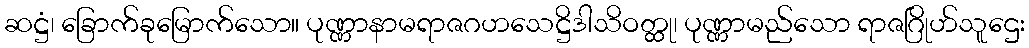
ဆဋ္ဌံ၊ ခြောက်ခုမြောက်သော။ ပုဏ္ဏာနာမရာဇဂဟသေဋ္ဌိဒါသိဝတ္ထု၊ ပုဏ္ဏာမည်သော ရာဇဂြိုဟ်သူဌေး